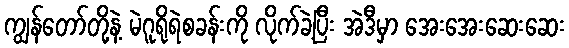
ကျွန်တော်တို့နဲ့ မဲဂူရိုရဲစခန်းကို လိုက်ခဲ့ပြီး အဲဒီမှာ အေးအေးဆေးဆေး